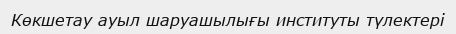
Көкшетау ауыл шаруашылығы институты түлектері